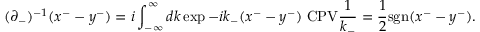
( \partial _ { - } ) ^ { - 1 } ( x ^ { - } - y ^ { - } ) = i \int _ { - \infty } ^ { \infty } d k \exp { - i k _ { - } ( x ^ { - } - y ^ { - } ) } \ \mathrm { \large C P V } \frac { 1 } { k _ { - } } = \frac 1 2 \mathrm { s g n } ( x ^ { - } - y ^ { - } ) .